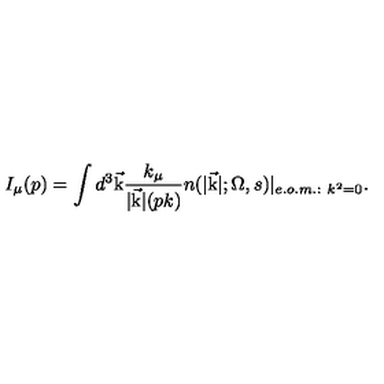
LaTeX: I _ { \mu } ( p ) = \int { d ^ { 3 } \vec { \mathrm { k } } } { \frac { k _ { \mu } } { \vert \vec { \mathrm { k } } \vert ( p k ) } } n ( \vert \vec { \mathrm { k } } \vert ; \Omega , s ) \vert _ { e . o . m . : \ k ^ { 2 } = 0 } .